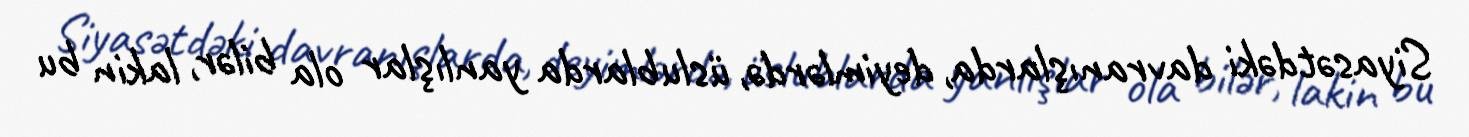
Siyasətdəki davranışlarda, deyimlərdə, üslublarda yanlışlar ola bilər, lakin bu